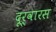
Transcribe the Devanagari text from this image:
दूर्वारस